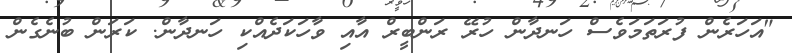
"އަހަރެން ފުރަތަމަވެސް ހަނދާން ހުރޭ ރަންބީރް އާއި ވާހަކަދެއްކި ހަނދާން. ކަރަން ބުނެގެން